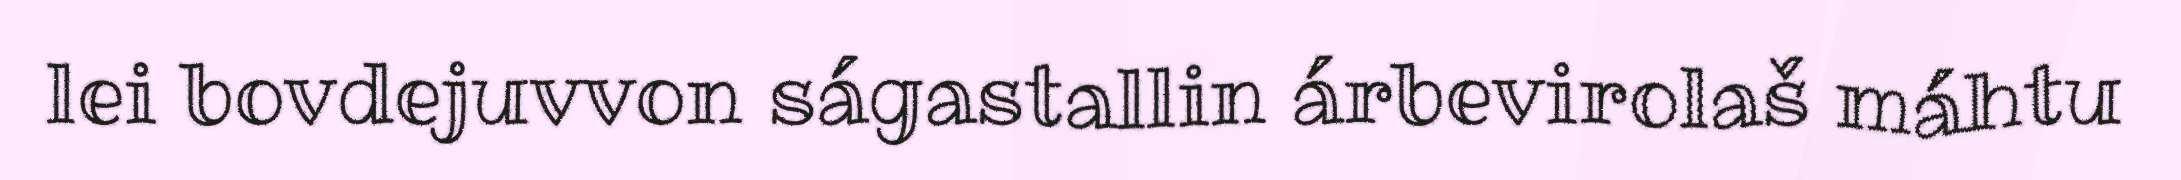
lei bovdejuvvon ságastallin árbevirolaš máhtu